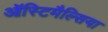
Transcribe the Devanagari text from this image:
ऑस्टिमैल्सिया